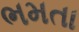
ભમતા